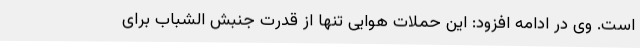
است. وی در ادامه افزود: این حملات هوایی تنها از قدرت جنبش الشباب برای